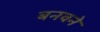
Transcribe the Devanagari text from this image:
बनवने